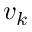
v _ { k }